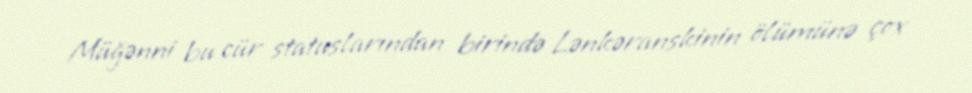
Müğənni bu cür statuslarından birində Lənkəranskinin ölümünə çox